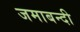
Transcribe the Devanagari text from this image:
जमाबन्दी